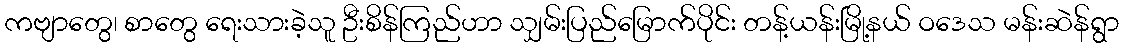
ကဗျာတွေ၊ စာတွေ ရေးသားခဲ့သူ ဦးစိန်ကြည်ဟာ သျှမ်းပြည်မြောက်ပိုင်း တန့်ယန်းမြို့နယ် ဝဒေသ မန်းဆဲန်ရွာ